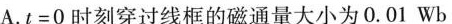
A.$$t = 0$$时刻穿过线框的磁通量大小为0.01Wb